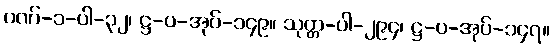
ပဏ်-၁-ပါ-၃၂၊ ဋ္ဌ-ပ-အုပ်-၁၄၉။ သုတ္တ-ပါ-၂၉၄၊ ဋ္ဌ-ပ-အုပ်-၁၄၇။